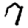
Digit: 9